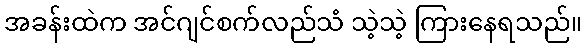
အခန်းထဲက အင်ဂျင်စက်လည်သံ သဲ့သဲ့ ကြားနေရသည်။